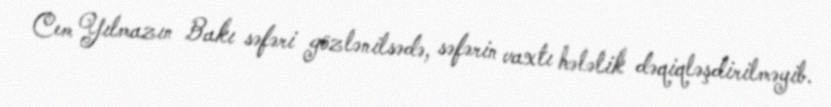
Cem Yılmazın Bakı səfəri gözlənilsədə, səfərin vaxtı hələlik dəqiqləşdirilməyib.